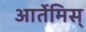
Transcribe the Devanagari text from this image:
आर्तेमिस्